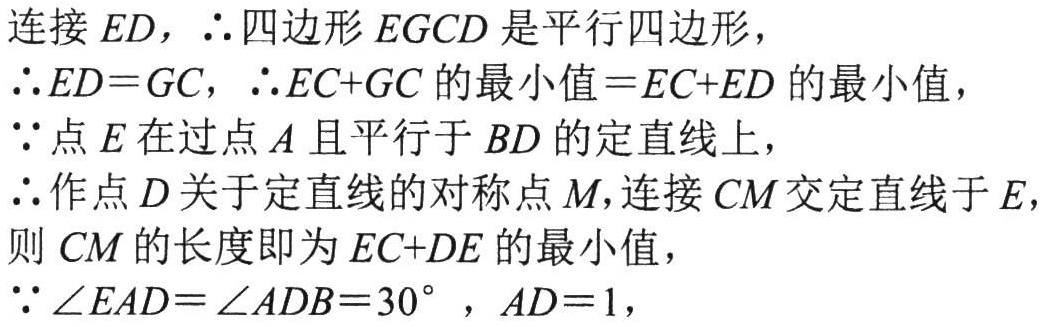
连接$ED$，$\therefore$四边形$EGCD$是平行四边形，
$\therefore ED = GC$，$\therefore EC + GC$的最小值$=EC + ED$的最小值，
$\because$点$E$在过点$A$且平行于$BD$的定直线上，
$\therefore$作点$D$关于定直线的对称点$M$,连接$CM$交定直线于$E$，
则$CM$的长度即为$EC + DE$的最小值，
$\because\angle EAD=\angle ADB = 30^{\circ}$，$AD = 1$，